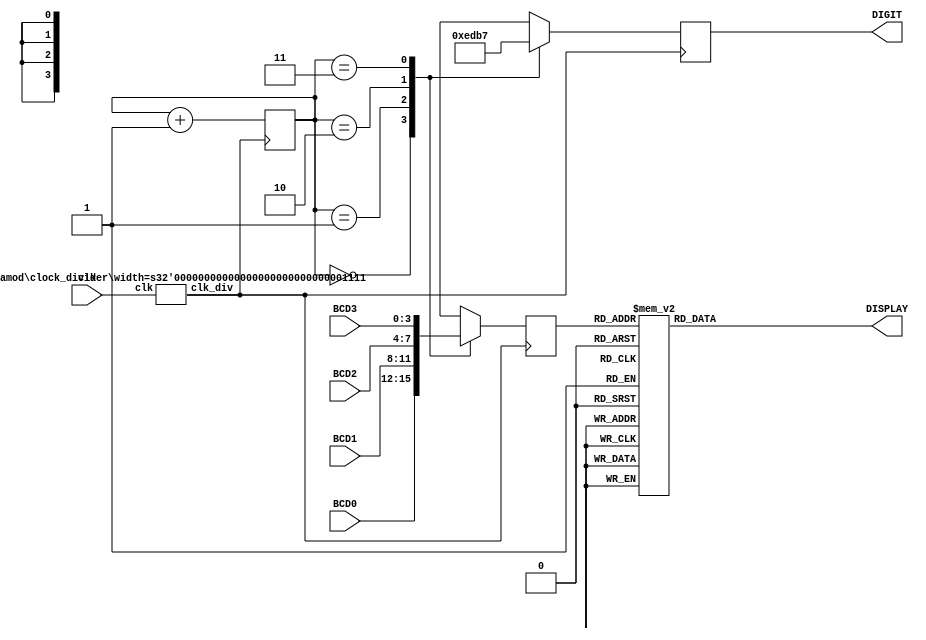
module _7_SEG(
input clk,
input  [3:0] BCD0,BCD1,BCD2,BCD3,
output reg [3:0] DIGIT,
output reg [6:0] DISPLAY
);

wire clk1;    
    clock_divider #(15) clk_15(.clk(clk),.clk_div(clk15));    
    
reg [3:0] value;
reg [1:0] digit_temp, next_digit;
    
always @(posedge clk15)  begin
    digit_temp <= next_digit;
    case(digit_temp)
        2'b00:    begin
                    value = BCD0;
                    DIGIT = 4'b1110;
                  end
                        
        2'b01:    begin
                    value = BCD1;
                    DIGIT = 4'b1101;
                  end
        2'b10:   begin
                    value = BCD2;
                    DIGIT = 4'b1011;
                  end    
        2'b11: begin
                    value = BCD3;
                    DIGIT = 4'b0111;
                 end         
        endcase                
    end
    
always @* begin
    next_digit = digit_temp +1;
    case(value)
            4'd0: DISPLAY = 7'b0000001;
            4'd1: DISPLAY = 7'b1001111;
            4'd2: DISPLAY = 7'b0010010;
            4'd3: DISPLAY = 7'b0000110;
            4'd4: DISPLAY = 7'b1001100;
            4'd5: DISPLAY = 7'b0100100;
            4'd6: DISPLAY = 7'b0100000;
            4'd7: DISPLAY = 7'b0001111;
            4'd8: DISPLAY = 7'b0000000;
            4'd9: DISPLAY = 7'b0000100;
            4'd11: DISPLAY = 7'b0011101;
            4'd10: DISPLAY = 7'b1100011;
            default: DISPLAY = 7'b1111111;
  endcase    
end    
    
endmodule

module BCD(in,out);
input [15:0] in;
output [15:0] out;

assign out[15:12] = (in[15:12] == 4'd11) ? 4'd11 : 4'd10 ;
assign out[11:8] = (in[11:8] == 4'd11) ? 4'd11 : 4'd10 ;
assign out[7:4] = (in[7:4]/10 > 0) ? 9 : in[7:4] % 10 ;
assign out[3:0] = (in[3:0]/10 > 0) ? 9 : in[3:0] % 10 ;

endmodule

module one_pulse(clk,pb_debounced,pb_1pulse);
input clk;
input pb_debounced;
output pb_1pulse;

wire clk0;   
    clock_divider # (23) clock(.clk(clk),.clk_div(clk0));

reg pb_1pulse;
reg pb_debounced_delay;
    
always @(posedge clk0) begin
    pb_debounced_delay <= pb_debounced;
    if ((pb_debounced) && (!pb_debounced_delay)) pb_1pulse <= 1'b1;
    else pb_1pulse <= 1'b0;
end   
endmodule

module debounce(clk,pb,pb_debounced);
input clk;
input pb;
output pb_debounced;

wire clk1;
    clock_divider #(13) clk_13(.clk(clk),.clk_div(clk1));

reg [3:0] shift_reg;

always @(posedge clk1) begin
    shift_reg[3:1] <= shift_reg[2:0];
    shift_reg[0] <= pb;
end

assign pb_debounced = ((shift_reg == 4'b1111) ? 1'b1 : 1'b0);

endmodule

module clock_divider (clk_div, clk);
input clk;
output clk_div;

parameter width = 25;
reg  [width-1:0] num;
wire [width-1:0] next_num;

always @(posedge clk) begin  
    num <= next_num;
end

assign  next_num = num + 1;
assign  clk_div = num[width-1];  
     
endmodule

module lab4_1(clk,rst,en,dir,DIGIT,DISPLAY,max,min);
input en;
input rst;
input clk;
input dir;
output [3:0] DIGIT;
output [6:0] DISPLAY;
output max;
output min;
wire en_one, dir_one;
wire  en_de, dir_de;
wire clk_25, clk_23;
reg dir_state, en_state;
reg dir_state_next, en_state_next;
wire [15:0] BCD_in, BCD_out;
reg max_temp;
reg min_temp;
reg [7:0] value;
reg [3:0] switch_dir;
// clock divider
clock_divider #(.width(25)) clk25(.clk(clk),.clk_div(clk_25));
clock_divider #(.width(23)) clk23(.clk(clk),.clk_div(clk_23));
//  debounce
debounce en_debounce(.clk(clk),.pb(en),.pb_debounced(en_de));
debounce dir_debounce(.clk(clk),.pb(dir),.pb_debounced(dir_de));

// one_pulse
one_pulse en_1pulse(.clk(clk),.pb_debounced(en_de),.pb_1pulse(en_one));
one_pulse dir_1pulse(.clk(clk),.pb_debounced(dir_de),.pb_1pulse(dir_one));

//  button state


always @(posedge en_one, posedge rst)begin
  if(rst)begin
    en_state_next = 0;
  end
  else begin
    en_state_next = ~en_state;
  end
end

always @(posedge dir_one, posedge rst)begin
  if(rst)begin
    dir_state_next = 1;
  end
  else begin
    dir_state_next = ~dir_state;
  end
end

// inital condition
always @(posedge clk_23, posedge rst) begin
    if (rst) begin
        en_state <= 1'b0;
        dir_state <= 1'b1;
    end 
    else begin
        en_state <= en_state_next;
        dir_state <= dir_state_next;
    end
end


// counter
always @(posedge clk_25, posedge rst) begin
    if (rst) 
        value <= 0;
    else begin
        if (en_state==1'b0) 
            value <= value;
        else begin
            if (dir_state==1'b1) begin
                    if(value == 99) 
                        value <= 99;
                    else
                         value <= value + 1;              
                end
            else begin
                    if (value == 0) 
                        value <= 0;
                    else 
                        value = value -1;               
               end
        end
    end
end

 // switch direction
always @(posedge clk_23, posedge rst) begin
    if (rst)
        switch_dir <= 4'd11;
    else if (dir_state == 1)
        switch_dir <= 4'd11;
    else
        switch_dir <= 4'd10;
end

// BCD
assign BCD_in[3:0] = value % 10;
assign BCD_in[7:4] = value / 10;
assign BCD_in[11:8] = switch_dir;
assign BCD_in[15:12] = switch_dir;

BCD BCD_MODULE(.in(BCD_in),.out(BCD_out));

// Turn LED max and LED min
always @(*)begin
      if(value==99 && dir_state==1 && ~rst)begin
        max_temp =1;
      end
      else begin
        max_temp = 0;
      end
end

always @(*) begin
      if(value==0 && dir_state==0 && ~rst) begin
        min_temp = 1;
      end
      else begin
        min_temp =0;
      end
end

assign max = max_temp;
assign min = min_temp;


_7_SEG dec(.clk(clk),.BCD0(BCD_out[15:12]),.BCD1(BCD_out[11:8]),.BCD2(BCD_out[7:4]),.BCD3(BCD_out[3:0]),.DIGIT(DIGIT),.DISPLAY(DISPLAY));

endmodule